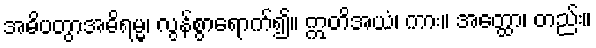
အဓိပတွာအဓိရမ္မ၊ လွန်စွာရောက်၍။ ဣတိအယံ၊ ကား။ အတ္ထော၊ တည်း။